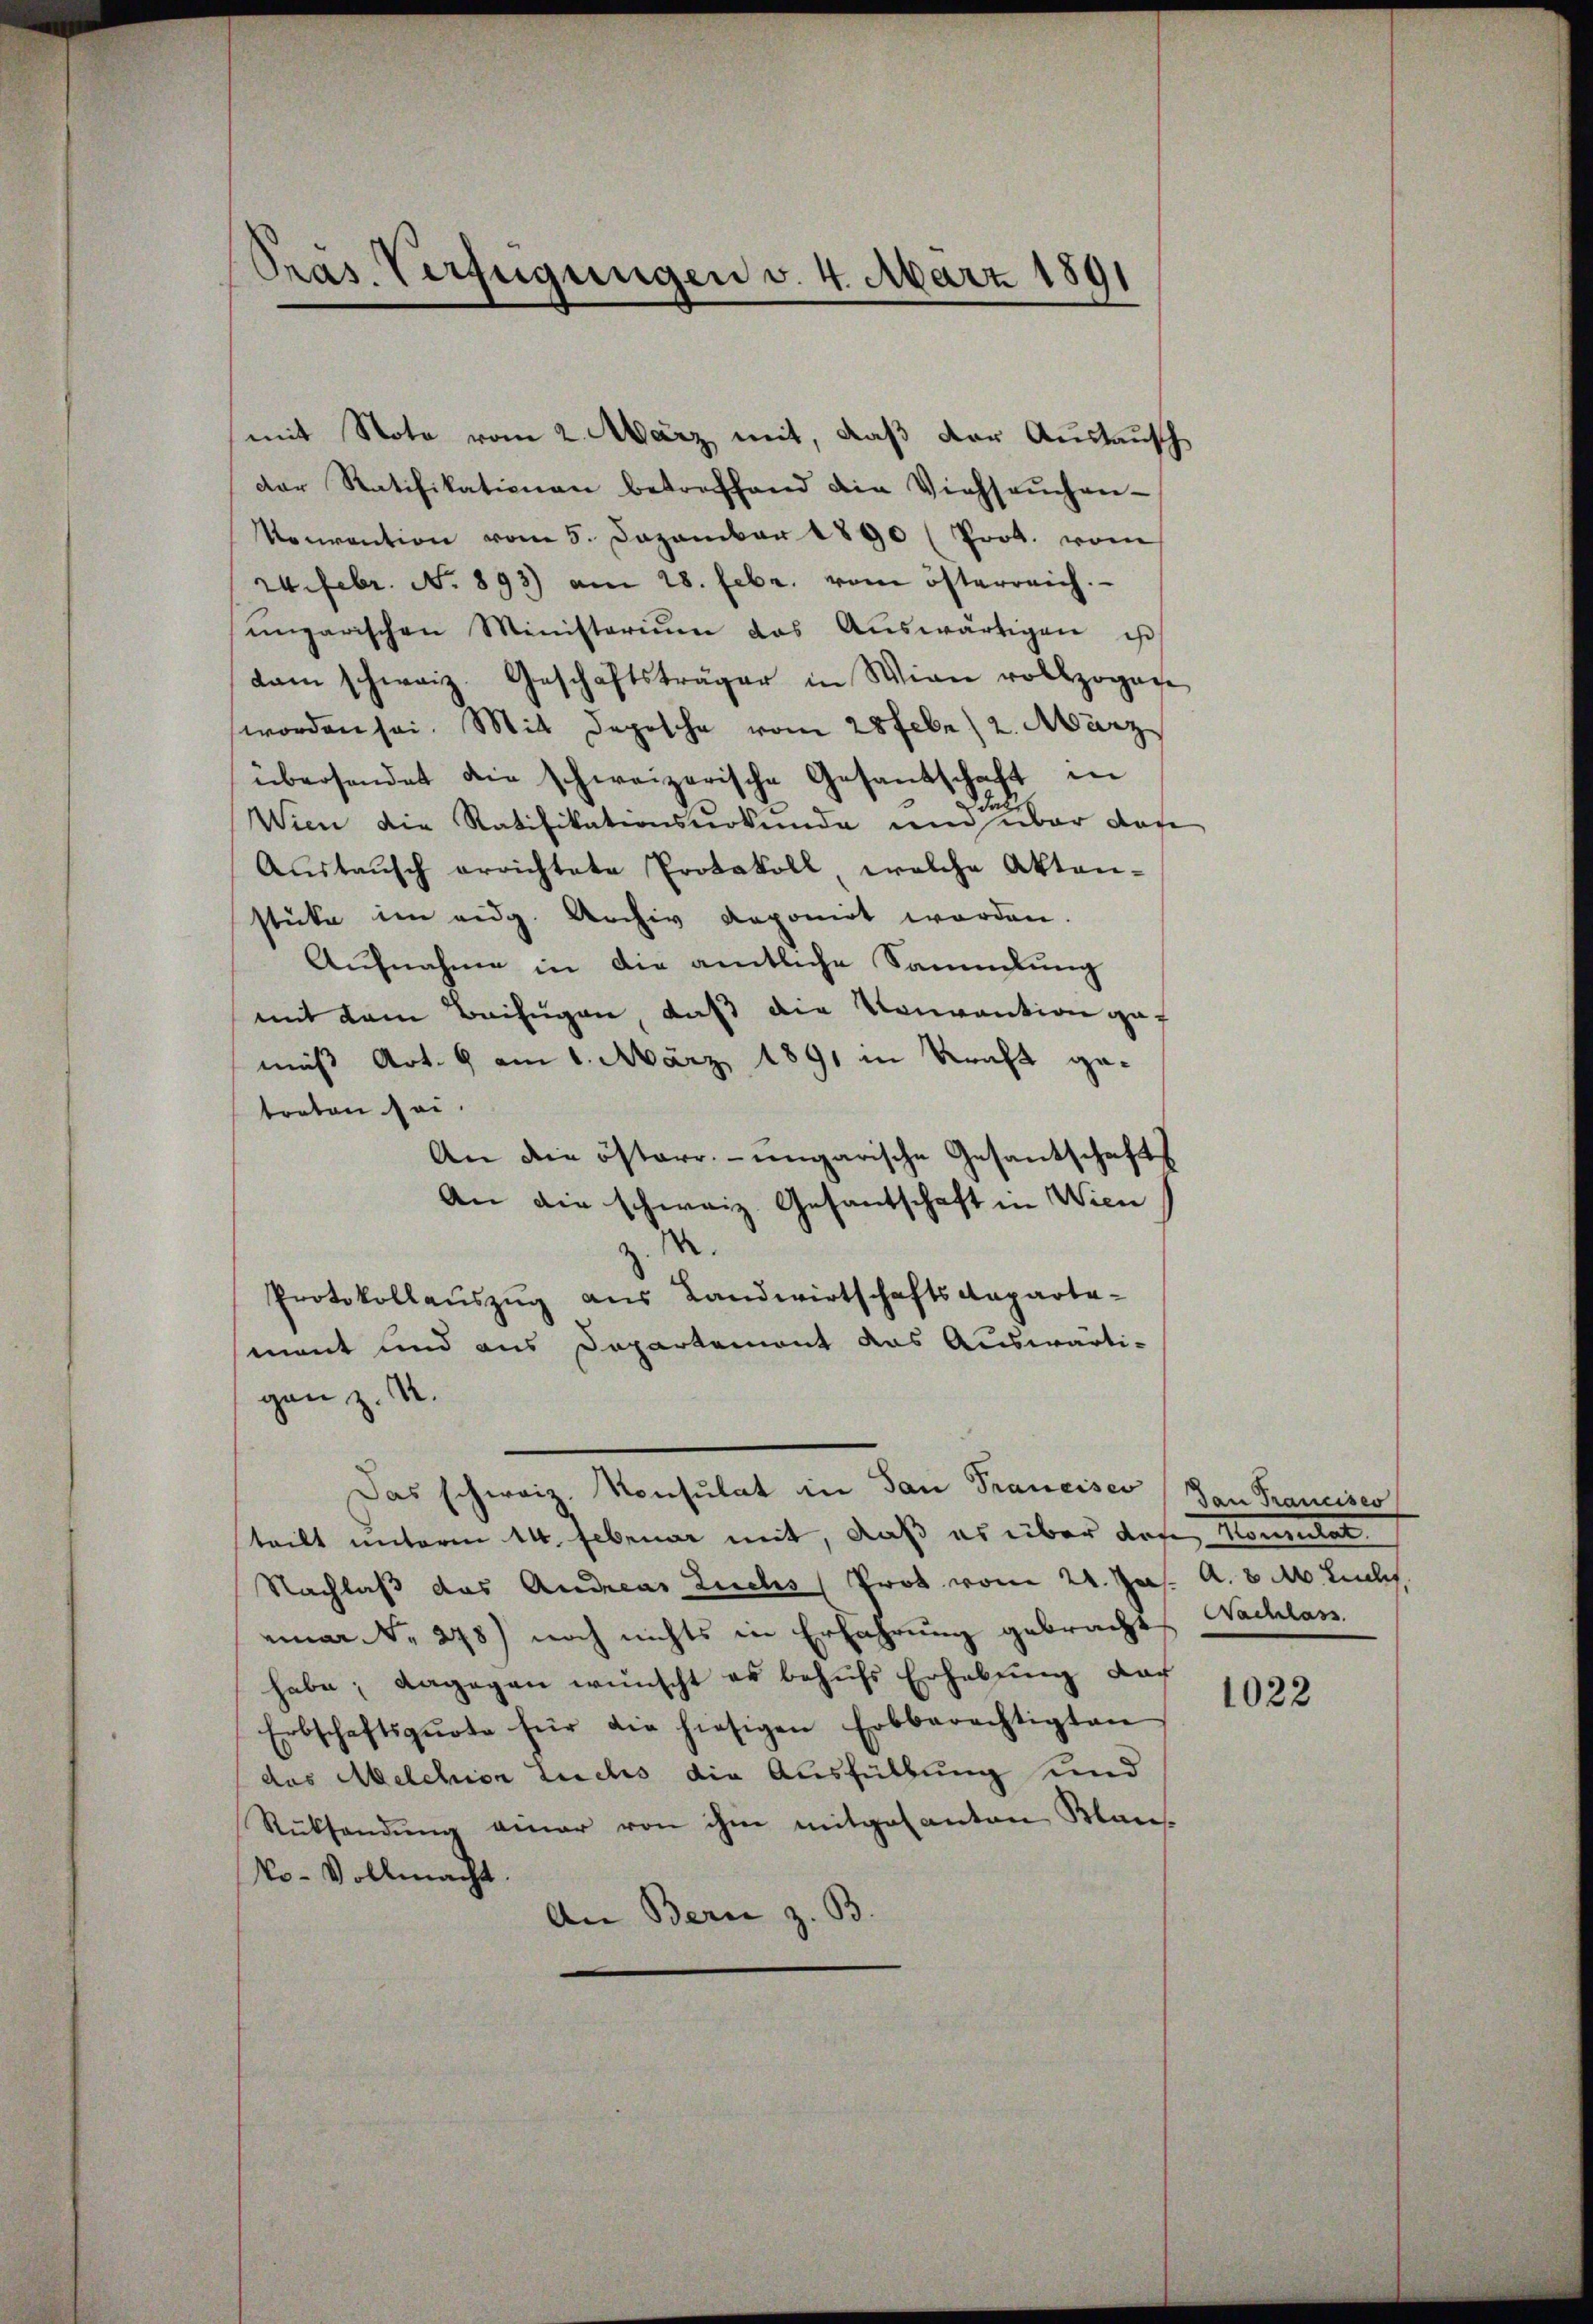
Pras. Verfügungen v. 4. März 1891

mit Note vom 2. März mit, daß der Austausch
der Ratifikationen betreffend die Viehsaŭchen-
Nourantion vom 5. Dezember 1890 (Prot. vom
z.Febr. No. 893) am 28. Febr. vom österreich.
ungarischen Ministerium das Aŭswärtigen ist
kam schweiz. Geschäftsträger in Wien vollzogage
worden sei. Mit Depesche vom 28 febr / 2. März
übersendet die schweizerische Gesandschaft in
Wien die Ratifikationsverkunde und über das
Aŭstaŭsch errichtete Protokoll welche Akten-
stücke im eidg. Archiv deponirt worden.
Aŭfnahme in die amtliche Sammlung
mit dem Beifügen, daß die Konvention gef
mäß Art. 6 am 1. März 1891 in Kraft getreten sei.
An die österr.-ungarische Gesantschafts
An die schweiz. Gesantschaft in Wien
d
Protokollauszug aus Landwirtschaftsdeparta-
mant und aus Departement das Auswärti-
gen z. B.
Das schweiz. Konsulat in San Francisco (Dan Francises
teilt unterm 14. Februar mit, daß es über dote, Konsulat
Nachlaß das Andreas Zuchs Prot vom 24. Ja. a. M. Leub
ma N. 278) noch nichts in Erfahrung gebracht
habe; dagegen wünscht er behŭfs Erhebung nach
Erbschaftsqŭote für die hiesigen Erbberechtigten
das Melchion Luchs die Ausfüllung und
Rücksendung einer von ihm mitgekanton Klaus-
No-Vollmacht.
An Bern z. B.

Nachlass

1022